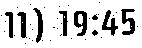
11) 19:45